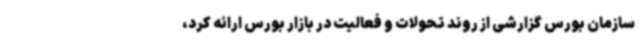
سازمان بورس گزارشی از روند تحولات و فعالیت در بازار بورس ارائه کرد،